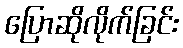
ပြောဆိုလိုက်ခြင်း